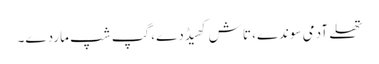
تھلے آدمی سوندے، تاش کھیڈدے، گپ شپ ماردے۔